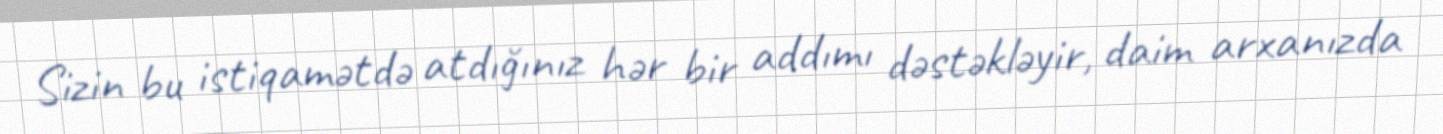
Sizin bu istiqamətdə atdığınız hər bir addımı dəstəkləyir, daim arxanızda